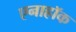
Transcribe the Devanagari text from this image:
एनाहॉक